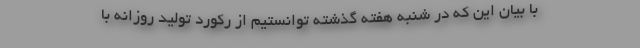
با بیان این که در شنبه هفته گذشته توانستیم از رکورد تولید روزانه با